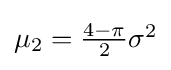
\textstyle \mu _{2}={\frac {4-\pi }{2}}\sigma ^{2}